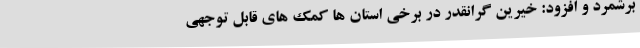
برشمرد و افزود: خیرین گرانقدر در برخی استان ها کمک های قابل توجهی